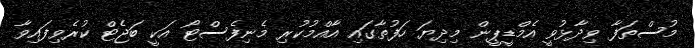
މުސްތަފާ ވިދާޅުވީ އެމްޑީޕީން މިދިޔަ ހަފުތާގައި އާއްމުކުރި މެނިފެސްޓޯ އަކީ ބަޖެޓް ކުރެވިފައިވާ